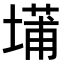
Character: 𫮝